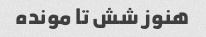
هنوز شش تا مونده